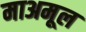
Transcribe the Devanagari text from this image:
माअमूल